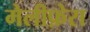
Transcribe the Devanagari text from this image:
मेलीफ़ेरा